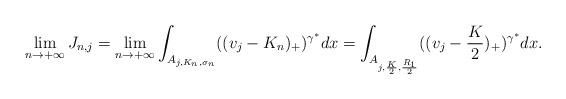
LaTeX: \begin{align*}\lim_{n \to +\infty}J_{n, j} = \lim_{n \to +\infty}\int_{A_{j,K_{n}, \sigma_{n}}}(( v_{j}-K_{n})_{+})^{\gamma^*}dx =\int_{A_{j,\frac{K}{2}, \frac{R_1}{2}}}(( v_{j}-\frac{K}{2})_{+})^{\gamma^*}dx.\end{align*}